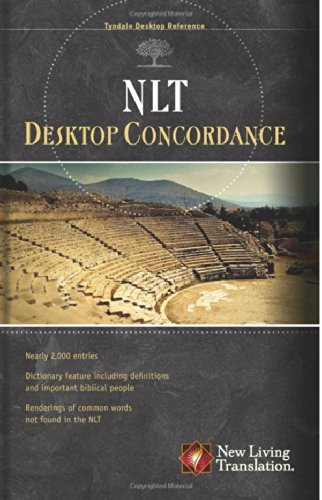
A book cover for NLT Desktop Concordance (Tyndale Desktop Reference) (Volume 5); Christian Books & Bibles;